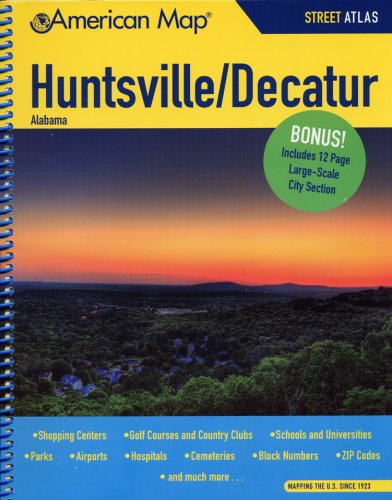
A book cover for American Map Huntsville, Al Atlas; Travel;